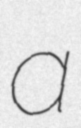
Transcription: a